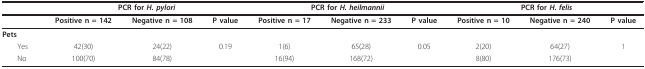
<table><thead><tr><td></td><td colspan="3"><b>PCR for <i>H. pylori</i></b></td><td colspan="3"><b>PCR for <i>H. heilmannii</i></b></td><td colspan="3"><b>PCR for <i>H. felis</i></b></td></tr></thead><tbody><tr><td></td><td><b>Positive n = 142</b></td><td><b>Negative n = 108</b></td><td><b>P value</b></td><td><b>Positive n = 17</b></td><td><b>Negative n = 233</b></td><td><b>P value</b></td><td><b>Positive n = 10</b></td><td><b>Negative n = 240</b></td><td><b>P value</b></td></tr><tr><td><b>Pets</b></td><td></td><td></td><td></td><td></td><td></td><td></td><td></td><td></td><td></td></tr><tr><td> Yes</td><td>42(30)</td><td>24(22)</td><td>0.19</td><td>1(6)</td><td>65(28)</td><td>0.05</td><td>2(20)</td><td>64(27)</td><td>1</td></tr><tr><td> No</td><td>100(70)</td><td>84(78)</td><td></td><td>16(94)</td><td>168(72)</td><td></td><td>8(80)</td><td>176(73)</td><td></td></tr></tbody></table>